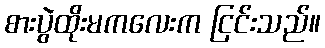
စားပွဲထိုးမကလေးက ငြင်းသည်။